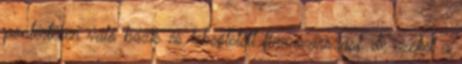
pontértéken való bázis és lebegtetett finanszírozást, de ezeket a